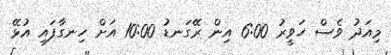
މިއަދު ވެސް ހަވީރު 6:00 އިން ރޭގަނޑު 10:00 އަށް ހިނގާފައި އުޅޭ